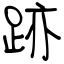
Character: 跡